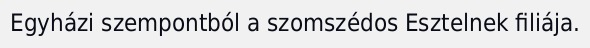
Egyházi szempontból a szomszédos Esztelnek filiája.